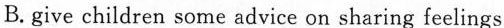
B. give children some advice on sharing feelings